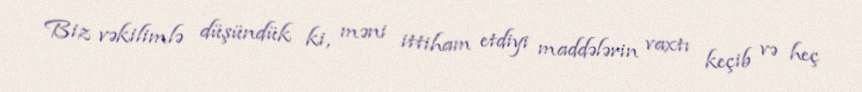
Biz vəkilimlə düşündük ki, məni ittiham etdiyi maddələrin vaxtı keçib və heç